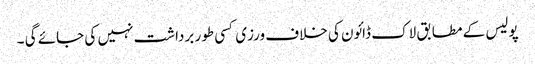
پولیس کے مطابق لاک ڈائون کی خلاف ورزی کسی طور برداشت نہیں کی جائے گی ۔